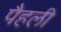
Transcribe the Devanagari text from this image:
पैहली